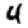
Digit: 4